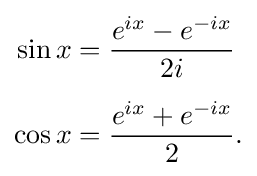
{\begin{aligned}\sin x&={\frac {e^{ix}-e^{-ix}}{2i}}\\[5pt]\cos x&={\frac {e^{ix}+e^{-ix}}{2}}.\end{aligned}}